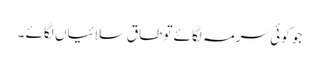
جو کوئی سرمہ لگائے تو طاق سلائیاں لگائے ۔